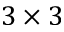
3 \times 3